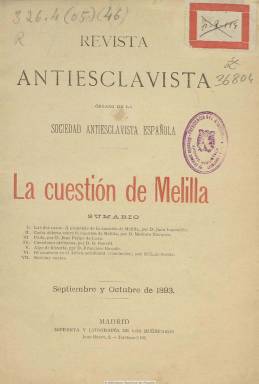
Título: Revista antiesclavista
Colección: Economía
Ámbito geográfico: Madrid
Lugar de publicación: Madrid
Fechas: 01/09/1893-28/02/1894

Es órgano de la Sociedad Antiesclavista Española, enraizada en el humanismo cristiano de su fundador, Luis Sorela y Guaxardo-Faxardo (1858-1930), especialista africanista y autor de opúsculos antiesclavistas, que llegaría a ser vicealmirante de la Real Armada España. La presidencia de la sociedad la llegó a ostentar el líder conservador Antonio Cánovas del Castillo y la presidencia de su patronato, S.M. la Reina Regente, siendo su secretario ejecutivo Juan López Valdemoro, conde de las Navas. Tanto la sociedad como la revista, que cuenta con el antecedente de El abolicionista español, el periódico que dirigió en 1865 Julio Vizcarrondo, fueron creadas en torno a 1889-1890.

La colección de la BNE dispone de dos entregas. La primera es la número 15, de septiembre y octubre de 1893, dedicada monográficamente a “la cuestión de Melilla”, y la segunda es la número 16, correspondiente a los meses de febrero, marzo, abril y mayo de 1894. Aunque se dice bimestral, su periodicidad fue irregular y sus entregas en torno al medio centenar de páginas, con foliación continuada anual, carentes de ilustraciones y compuestas a una columna.

Sus contenidos son estudios y artículos sobre historia, comercio o expediciones geográficas coloniales, especialmente africanas, o sobre etnografía y las ideas antiesclavistas, además de noticias varias. Entre los autores de sus textos, además de Sorela, que fue el delegado general de la sociedad y con toda probabilidad el director de la revista, aparecen Juan Lapoulide, Modesto Navarro, Juan Felipe de Lara, Francisco Barado, Luis Morote, Silverio Lanza y Manuel de Luxán García. La sociedad fomentó la conmemoración del centenario del descubrimiento de América y participó en las actividades de la Sociedad Antiesclavista Internacional, y la revista seguía publicándose en 1895.